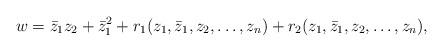
LaTeX: \begin{align*}w = \bar{z}_1 z_2 + \bar{z}_1^2 + r_1(z_1,\bar{z}_1,z_2,\ldots,z_n) +r_2(z_1,\bar{z}_1,z_2,\ldots,z_n) ,\end{align*}